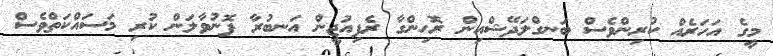
މީގެ އަހަރެއް ކުރިންވެސް ބަނގްލަދޭޝްއިން ރޮހިންގާ ރެފިއުޖީން އަނބުރާ ފޮނުވާލަން ކުރި މަސައްކަތްވެސް